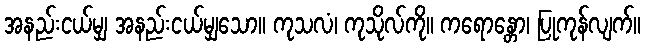
အနည်းငယ်မျှ အနည်းငယ်မျှသော။ ကုသလံ၊ ကုသိုလ်ကို။ ကရောန္တော၊ ပြုကုန်လျက်။